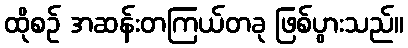
ထိုစဉ် အဆန်းတကြယ်တခု ဖြစ်ပွားသည်။